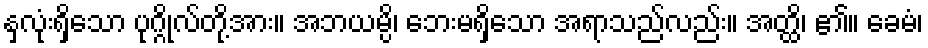
နှလုံးရှိသော ပုဂ္ဂိုလ်တို့အား။ အဘယမ္ပိ၊ ဘေးမရှိသော အရာသည်လည်း။ အတ္ထိ၊ ၏။ ခေမံ၊